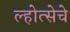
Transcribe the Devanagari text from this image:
ल्होत्सेचे